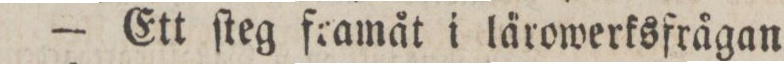
— Ett ſteg framåt i lårowerksfrågan